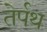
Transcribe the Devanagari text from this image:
तेर्पथ